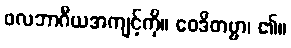
ဖလဘာဂီယအကျင့်ကို။ ဝေဒိတဗ္ဗာ၊ ၏။